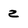
Character: z